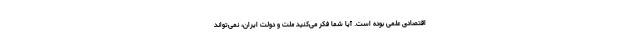
اقتصادی علمی بوده است. آیا شما فکر می‌کنید ملت و دولت ایران، نمی‌تواند